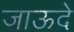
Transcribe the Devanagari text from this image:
जाऊदे